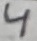
Text: 4